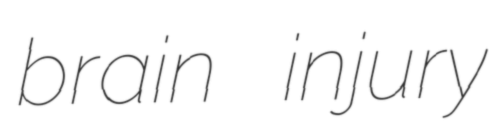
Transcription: brain injury